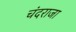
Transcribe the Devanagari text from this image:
चंदराजा